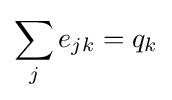
\sum _{j}{e_{jk}}=q_{k}